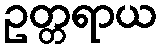
ဥတ္တရာယ